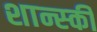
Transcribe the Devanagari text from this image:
शान्स्की